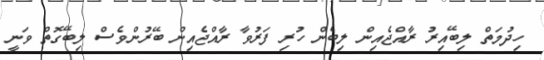
ހިދުމަތް ލިބޭއިރު ރާއްޖެއިން ލިބެން ހުރި ފަރުވާ ރާއްޖެއިން ބޭރުންވެސް ލިބޭގޮތް ވަނީ